system: You are a helpful assistant.
user:
Analyze the provided spectrum to determine if it is a **Carbon Star (C-type)**.

- **Key Visual Indicators of Carbon Star:**
    - **(Primary):** Strong molecular absorption from **C₂ (diatomic carbon) "Swan Bands."** This is the **defining feature** of a carbon star.
        - **(Key Bandheads):** Sharp absorption edges are visible at approximately $5635$ Å, $5165$ Å (the strongest band), and $4737$ Å.
        - **(Line Profile):** Creates a distinct **"saw-tooth"** pattern. The key morphology is a sharp, steep bandhead on the **red (long-wavelength) side**, which then gradually tapers off (i.e., flux recovers) towards the **blue (short-wavelength) side**. *(This is the direct opposite of the TiO bands seen in M-type stars)*.

    - **(Secondary):** Intense **CN (cyanogen)** molecular absorption bands.
        - **(Key Bandheads):** Located in the blue and violet regions of the spectrum (e.g., near $4215$ Å and $3883$ Å).
        - **(Morphology):** These bands are extremely broad and act as a "blanket," absorbing the vast majority of blue and violet light. This creates a characteristic **"cliff"** or **"steep drop-off"** in the spectrum's flux at short wavelengths.

    - **(Key Confirmation):** Strong **CH absorption band (G-band)**.
        - **(Key Bandhead):** Located around $4300$ Å. The contribution from CH molecules to this band is exceptionally strong.

    - **(Overall Spectrum):**
        - The continuum is severely "chopped up" by these deep molecular bands, especially C₂, rather than appearing as a smooth curve.
        - Due to the heavy CN and C₂ absorption in the blue-green, the vast majority of the star's flux is concentrated in the red part of the spectrum, giving the star its characteristic deep red color.

Think first, call **spectral_visualization_tool** if needed to examine features in detail, then provide your final answer. Your response must adhere to the following strict rules:
1.  **Overall Structure:** Your response must follow the format `<think>...</think> <tool_call>...</tool_call> (if a tool is used) <answer>...</answer>`.
2.  **Tool Usage Constraint:** You may only make **one** tool call per turn.
3.  **Final Answer Format:** In the `<answer>` tag, your conclusion must be inside a `\boxed{}` command (e.g., `\boxed{YES}`), followed by your justification.

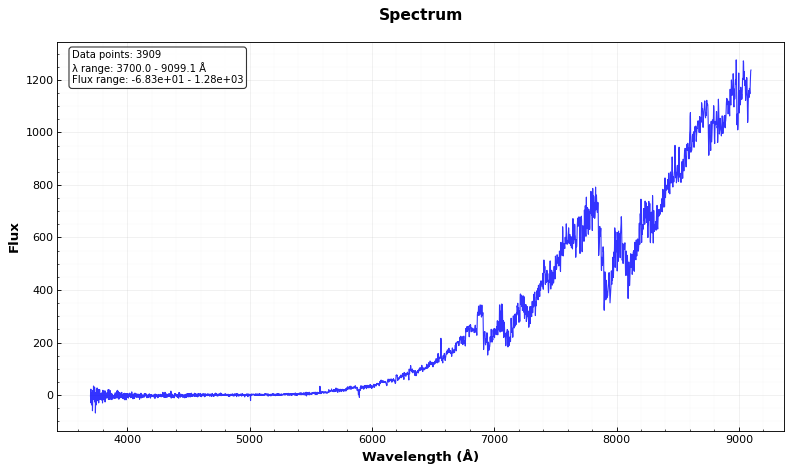
Answer: YES